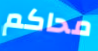
محاكم